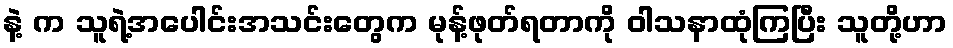
နဲ့ က သူရဲ့အပေါင်းအသင်းတွေက မုန့်ဖုတ်ရတာကို ဝါသနာထုံကြပြီး သူတို့ဟာ